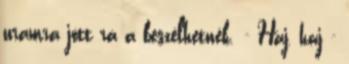
uramra jött rá a beszélhetnék. - Haj, haj -